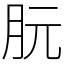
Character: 朊